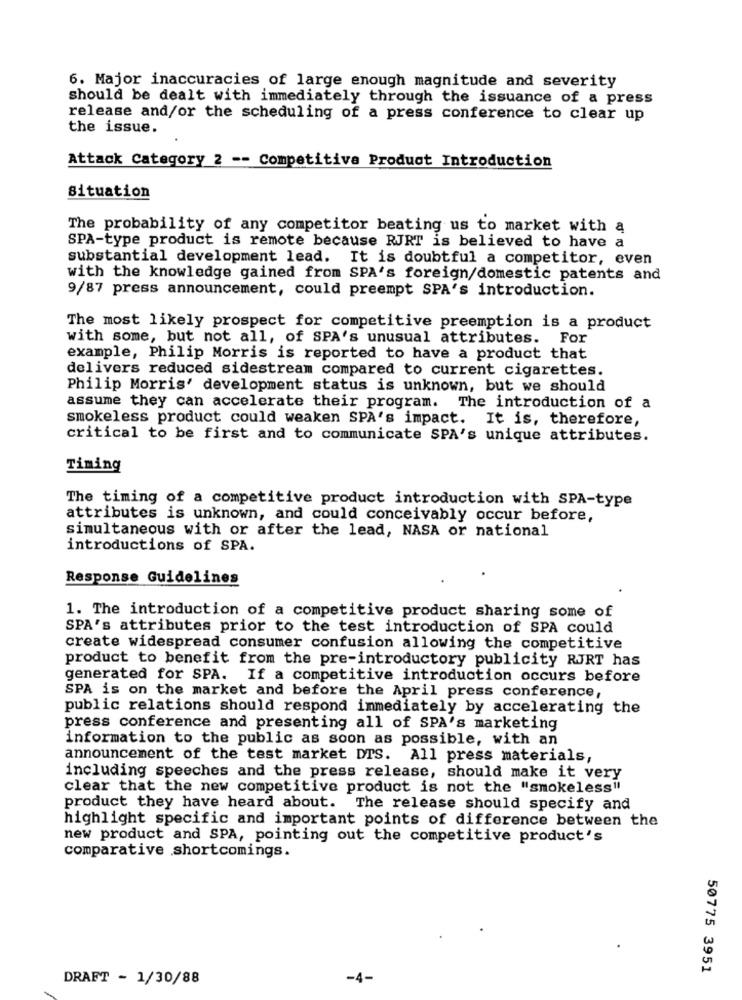
6. Major inaccuracies of large enough magnitude and severity
should be dealt with immediately through the issuance of a press
release and/or the scheduling of a press conference to clear up
the issue.
Attack Category 2 -- Competitiva Product Introduction
situation
The probability of any competitor beating us to market with a
SPA-type product is remote because RJRT is believed to have a
substantial development lead. It is doubtful a competitor, even
with the knowledge gained from SPA's foreign/domestic patents and
9/87 press announcement, could preempt SPA's introduction.
The most likely prospect for competitive preemption is a product
with some, but not all, of SPA's unusual attributes. For
example, Philip Morris is reported to have a product that
delivers reduced sidestream compared to current cigarettes.
Philip Morris' development status is unknown, but we should
assume they can accelerate their program. The introduction of a
smokeless product could weaken SPA's impact. It is, therefore,
critical to be first and to communicate SPA's unique attributes.
Timing
The timing of a competitive product introduction with SPA-type
attributes is unknown, and could conceivably occur before,
simultaneous with or after the lead, NASA or national
introductions of SPA.
Response Guidelines
1. The introduction of a competitive product sharing some of
SPA's attributes prior to the test introduction of SPA could
create widespread consumer confusion allowing the competitive
product to benefit from the pre-introductory publicity RJRT has
generated for SPA. If a competitive introduction occurs before
SPA is on the market and before the April press conference,
public relations should respond immediately by accelerating the
press conference and presenting all of SPA's marketing
information to the public as soon as possible, with an
announcement of the test market DTS. All press materials,
including speeches and the press release, should make it very
clear that the new competitive product is not the "smokeless"
product they have heard about. The release should specify and
highlight specific and important points of difference between the
new product and SPA, pointing out the competitive product's
comparative shortcomings.
50775 3951
DRAFT - 1/30/88
-4-